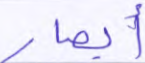
أبصار